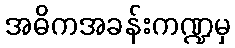
အဓိကအခန်းကဏ္ဍမှ